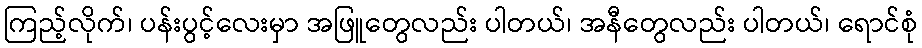
ကြည့်လိုက်၊ ပန်းပွင့်လေးမှာ အဖြူတွေလည်း ပါတယ်၊ အနီတွေလည်း ပါတယ်၊ ရောင်စုံ